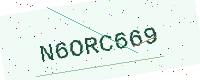
Text: N6ORC669